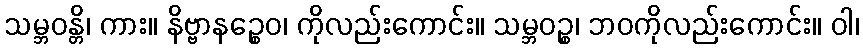
သမ္ဘဝန္တိ၊ ကား။ နိဗ္ဗာနဉ္စေဝ၊ ကိုလည်းကောင်း။ သမ္ဘဝဉ္စ၊ ဘဝကိုလည်းကောင်း။ ဝါ၊